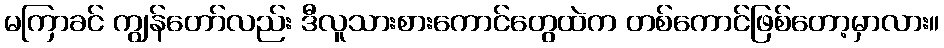
မကြာခင် ကျွန်တော်လည်း ဒီလူသားစားကောင်တွေထဲက တစ်ကောင်ဖြစ်တော့မှာလား။